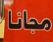
مجانا